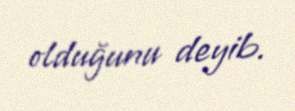
olduğunu deyib.